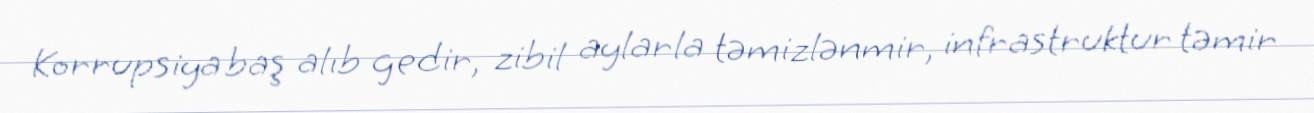
Korrupsiya baş alıb gedir, zibil aylarla təmizlənmir, infrastruktur təmir